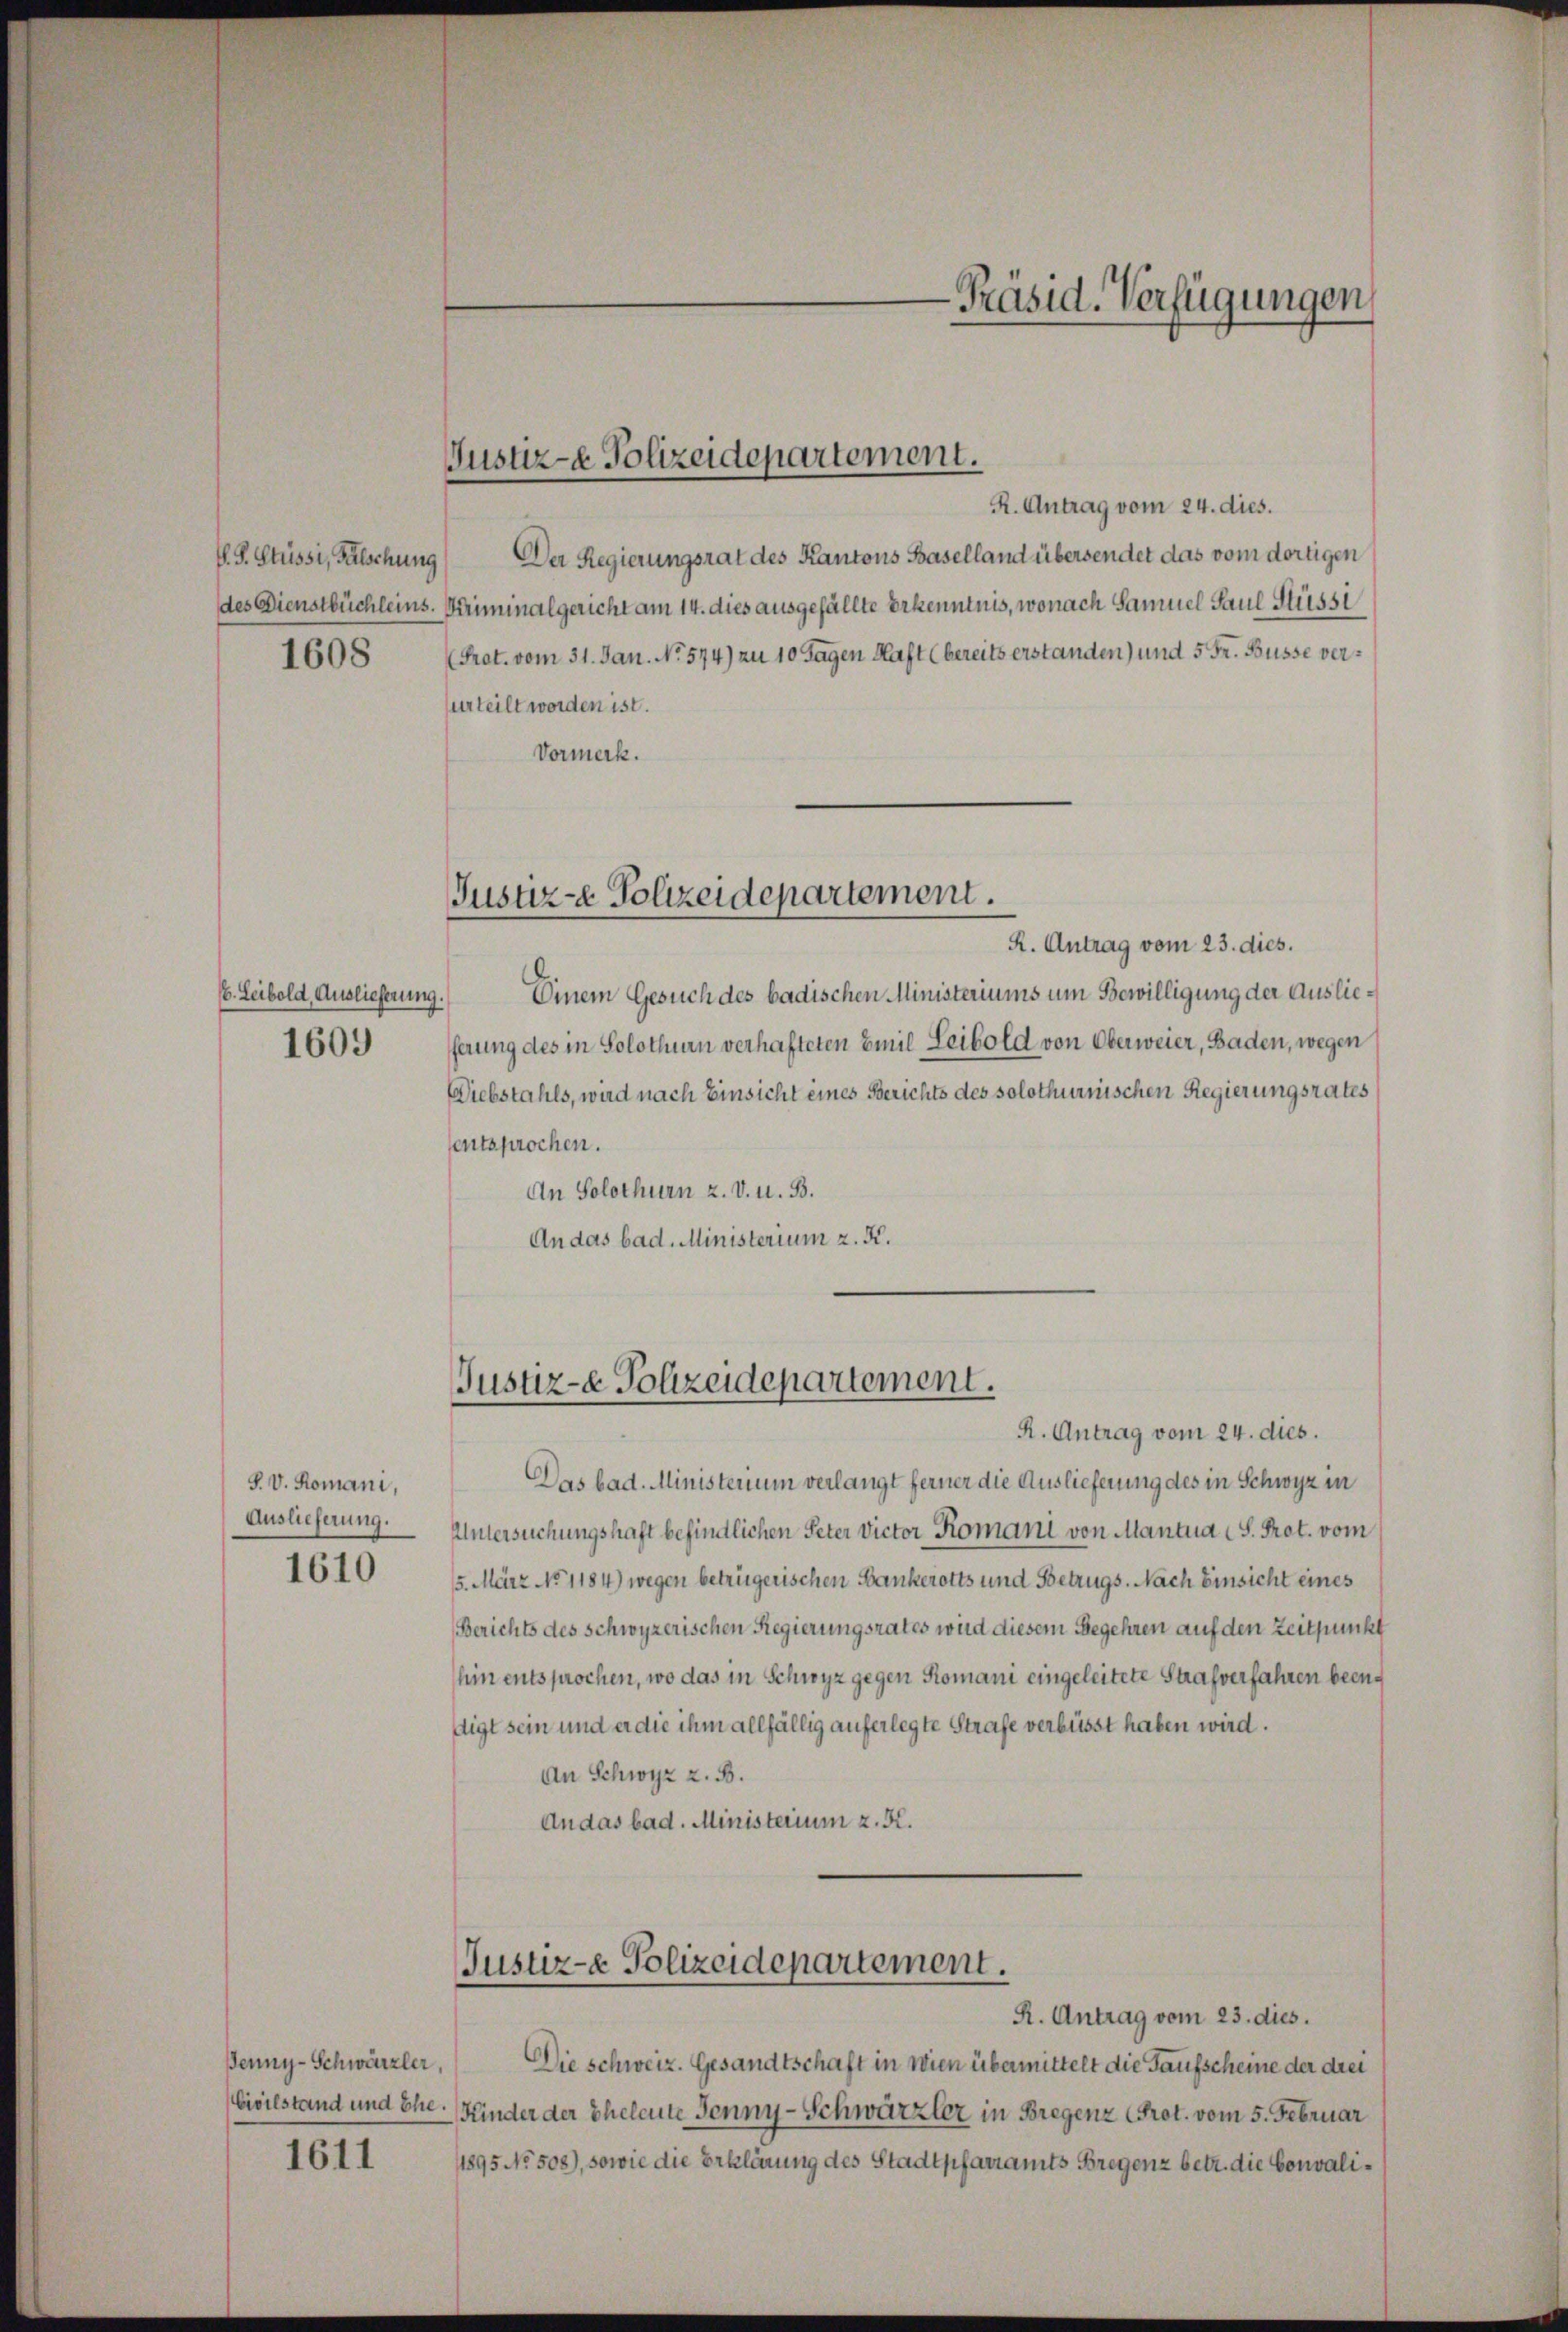
S. S. Stüssi, Fälschung
1608

(6. Leibold, Auslieferung.
1609

P. V. Romani,
Auslieferung.
1610

Jenny-Schwärzler,

1611

Justiz- & Polizeidepartement.

R. Antrag vom 24. dies.
Der Regierungsrat des Kantons Baselland übersendet das vom dortigen
des Dienstbüchleins. Kriminalgericht am 14. dies ausgefällte Erkenntnis, wonach Samuel Paul Sissi
Prot. vom 31. Jan. No. 574) zu 10 Tagen Haft (bereits erstanden) und 5 Fr. Busse versurteilt worden ist.
Vormerk.

Justiz-e Polizeidepartement.

R. Antrag vom 23. dies.
Einem Gesuch des badischen Ministeriums um Bewilligung der Auslieferung des in Solothurn verhafteten Emil Leibold von Oberweier, Baden, wegen
Diebstahls, wird nach Einsicht eines Berichts des solothurnischen Regierungsrates
sentsprochen.
An Solothurn z. v. u. B.
An das bad. Ministerium z. K.

Justiz-e Polizeidepartement.

Justiz-e Polizeidepartement.

R. Antrag vom 24. dies.
Das bad. Ministerium verlangt ferner die Auslieferung des in Schwyz in
Untersuchungshaft befindlichen Peter Victor Romani von Mantua (S. Prot. vom
5. März No 1184) wegen betrügerischen Bankerotts und Betrugs. Nach Einsicht eines
Berichts des Schwyzerischen Regierungsrates wird diesem Begehren auf den Zeitpunkt
hin entsprochen, wo das in Schwyz gegen Romani eingeleitete Strafverfahren beendigt sein und er die ihm allfällig auferlegte Strafe verbüsst haben wird.
An Schwyz z. B.
An das bad. Ministerium z. K.

-Präsid. Verfügungen

R. Antrag vom 23. dies.
Die schweiz. Gesandtschaft in Wien übermittelt die Taufscheine der drei
Civilstand und Ehe. Hinder der Eheleute Jenny - Schwärzler in Bregenz Prot. vom 5. Februar
1895 No 508), sowie die Erklärung des Stadtpfarramts Bregenz betr. die Convali¬